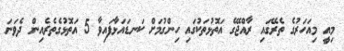
މިއީ މިއަހަރުގެ ތެރޭގައި ރާއްޖޭގެ އަތޮޅުތަކުގައި ހިންގުމަށް ކަނޑައަޅާފައިވާ 5 އަތޮޅުގެތެރެއިން ދެވަނަ